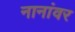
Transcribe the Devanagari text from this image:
नानांवर